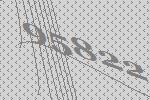
95822